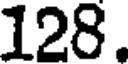
128.